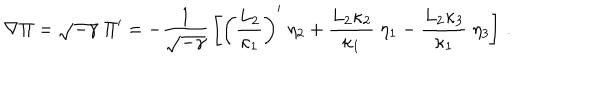
\nabla \Pi = \sqrt { - \gamma } \; \Pi { } ^ { \prime } = - { \frac { 1 } { \sqrt { - \gamma } } } \left[ \left( { \frac { L _ { 2 } } { \kappa _ { 1 } } } \right) ^ { \prime } \; \eta _ { 2 } + { \frac { L _ { 2 } \kappa _ { 2 } } { \kappa _ { 1 } } } \; \eta _ { 1 } - { \frac { L _ { 2 } \kappa _ { 3 } } { \kappa _ { 1 } } } \; \eta _ { 3 } \right] \, .